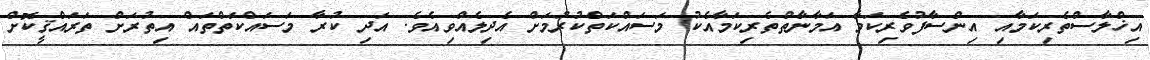
އިޚްލާސްތެރިކަމާއި އިންސާފުވެެރިކަމާ އަމާނާތްތެރިކަމާއެކު މަސައްކަތްކުރުމަށް އެދިލެއްވިއެވެ. އަދި ކުރާ މަސައްކަތްތައް އިތުރަށް ތަރައްޤީކޮށް